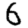
Digit: 6